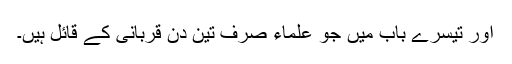
اور تیسرے باب میں جو علماء صرف تین دن قربانی کے قائل ہیں۔